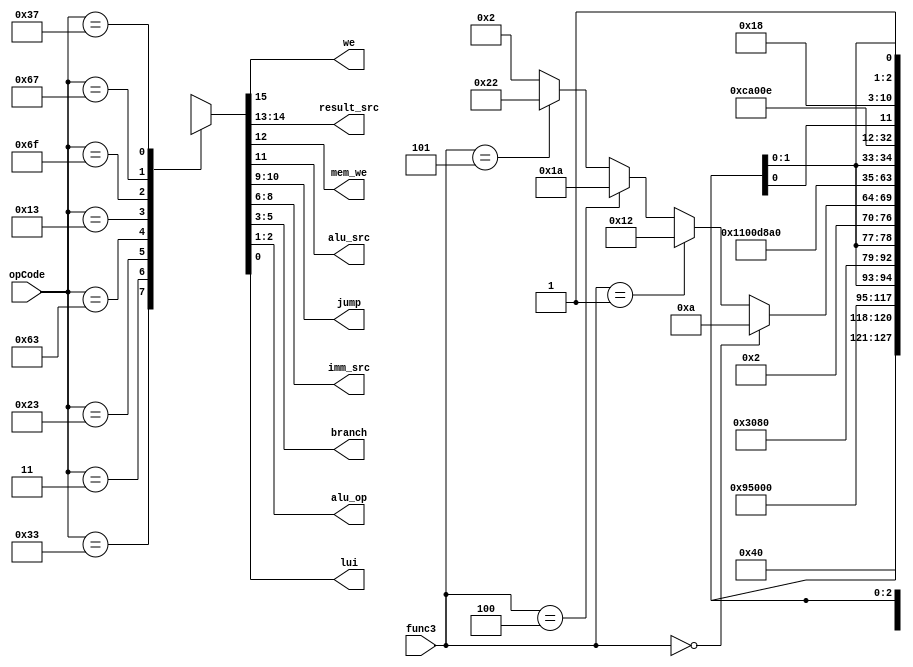
module main_controller(
    input [6:0] opCode,input [2:0] func3,output we,output[1:0]result_src,
    output mem_we,alu_src,output [1:0] jump,
    output [2:0] imm_src,branch,output[1:0] alu_op,output lui
);

reg [15:0] control;

assign {we,result_src,mem_we,alu_src,jump,imm_src,branch,alu_op,lui} = control;

always @(opCode,func3) begin
    case (opCode)
        7'b0110011 : control <= 16'b1000000xxx000100; // R-type
        7'b0000011 : control <= 16'b1010100000000000; // lw-type
        7'b0100011 : control <= 16'b0xx1100001000000; // s-type
        7'b1100011 : begin // b-type
            if (func3 == 3'b000)  control <= 16'b0xx0000010001010;//branch = 3'b001
            else if (func3 == 3'b001)  control <= 16'b0xx0000010010010;//branch = 3'b010
            else if (func3 == 3'b100) control <= 16'b0xx0000010011010;// branch = 3'b011
            else if (func3 == 3'b101)  control <= 16'b0xx0000010100010;//branch = 3'b100
			else control <= 16'b0xx0000010000010;
        end
        7'b0010011 : control <= 16'b1000100000000110; // I-type
        7'b1101111 : control <= 16'b1100010100000xx0; // jal-type
        7'b1100111 : control <= 16'b1100101000000000; // jalr-type
        7'b0110111 : control <= 16'b1110x00011000xx1; // U-type
        default : control <= 16'bxxxxxxxxxxxxxxxx;
    endcase
end
    
endmodule